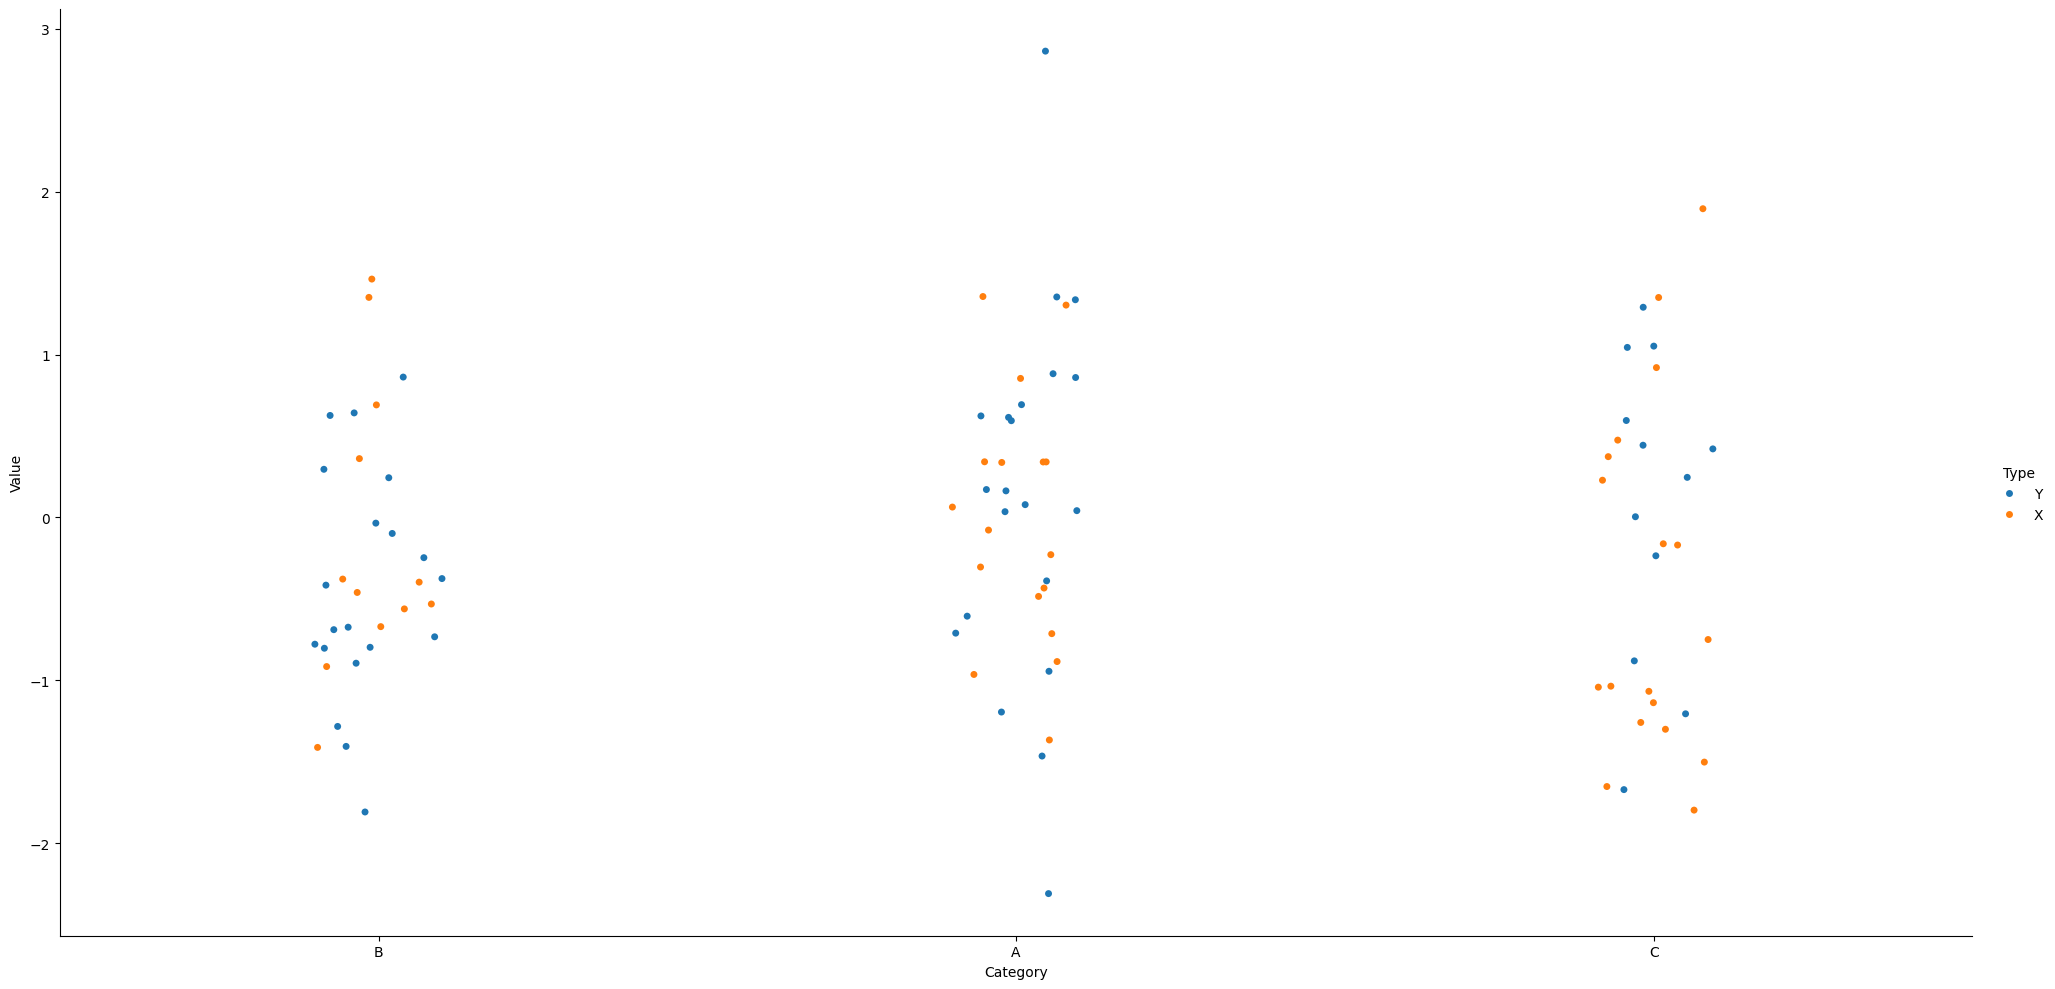
python, seaborn, catplot, kind='strip', height=10, aspect=2